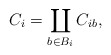
\begin{align*}C_i = \coprod_{b \in B_i} C_{ib},\end{align*}